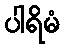
ပါရိမံ